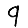
Digit: 9